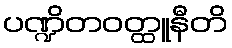
ပဏ္ဍိတဝတ္ထူနီတိ